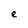
Character: e